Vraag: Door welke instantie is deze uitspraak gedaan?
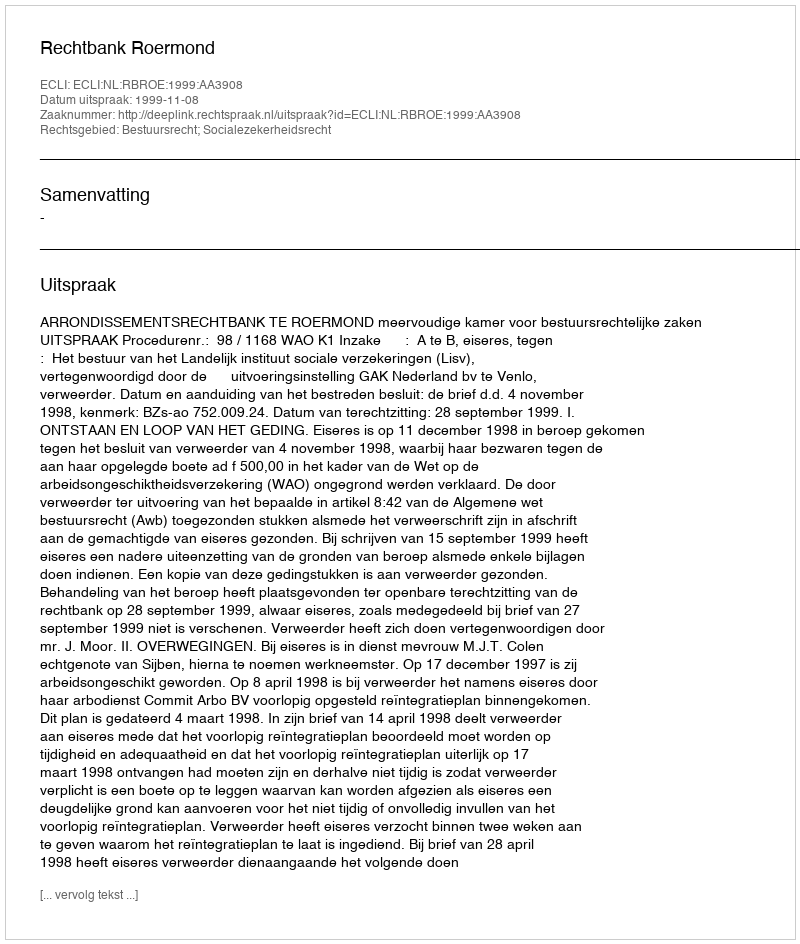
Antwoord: Rechtbank Roermond